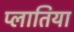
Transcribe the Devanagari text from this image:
प्लातिया